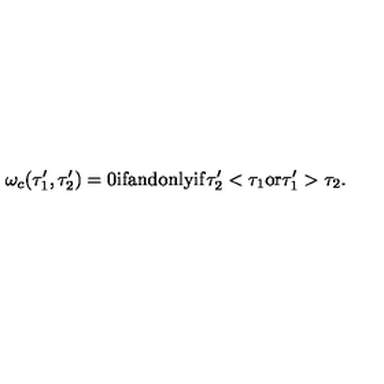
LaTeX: \omega _ { c } ( \tau _ { 1 } ^ { \prime } , \tau _ { 2 } ^ { \prime } ) = 0 \mathrm { i f a n d o n l y i f } \tau _ { 2 } ^ { \prime } < \tau _ { 1 } \mathrm { o r } \tau _ { 1 } ^ { \prime } > \tau _ { 2 } .